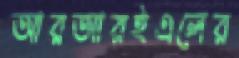
আরআরইএলের